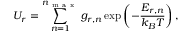
U _ { r } = \sum _ { n = 1 } ^ { n _ { \mathrm { ~ m ~ a ~ x ~ } } } g _ { r , n } \exp \left( - \frac { E _ { r , n } } { k _ { B } T } \right) ,